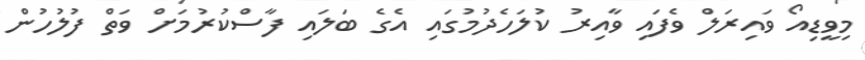
މިވީޑިއޯ ވައިރަލް ވެފައި ވާއިރު ކުލަހެދުމުގައި އެގެ ބަލައި ފާސްކުރުމަށް ވަތް ފުލުހުން